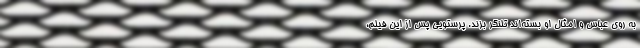
به روی عباس و امثال او بسته‌اند تلنگر بزند. پرستویی پس از این فیلم،